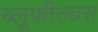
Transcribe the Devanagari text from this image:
ब्लूफील्डस